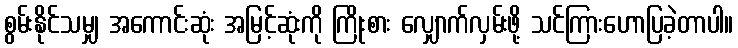
စွမ်းနိုင်သမျှ အကောင်းဆုံး အမြင့်ဆုံးကို ကြိုးစား လျှောက်လှမ်းဖို့ သင်ကြားဟောပြခဲ့တာပါ။